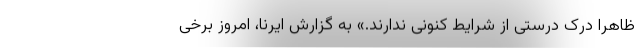
ظاهرا درک درستی از شرایط کنونی ندارند.» به گزارش ایرنا، امروز برخی